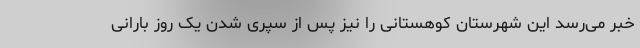
خبر می‌رسد این شهرستان کوهستانی را نیز پس از سپری شدن یک روز بارانی